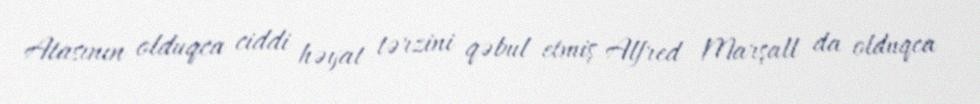
Atasının olduqca ciddi həyat tərzini qəbul etmiş Alfred Marşall da olduqca